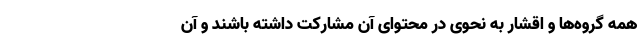
همه گروه‌ها و اقشار به نحوی در محتوای آن مشارکت داشته باشند و آن